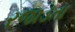
રજાડતા